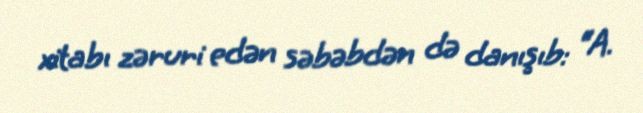
xitabı zəruri edən səbəbdən də danışıb: “A.